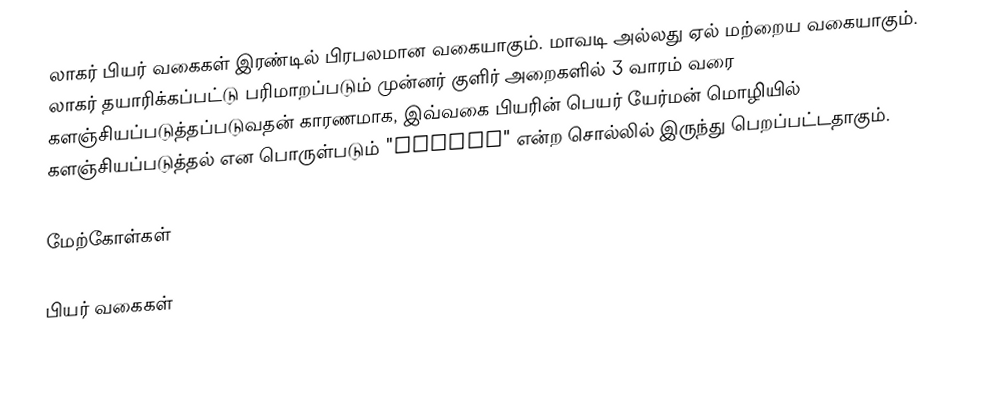
லாகர் பியர் வகைகள் இரண்டில் பிரபலமான வகையாகும். மாவடி அல்லது ஏல் மற்றைய வகையாகும். லாகர் தயாரிக்கப்பட்டு பரிமாறப்படும் முன்னர் குளிர் அறைகளில் 3 வாரம் வரை களஞ்சியப்படுத்தப்படுவதன் காரணமாக, இவ்வகை பியரின் பெயர் யேர்மன் மொழியில் களஞ்சியப்படுத்தல் என பொருள்படும் "lagern" என்ற சொல்லில் இருந்து பெறப்பட்டதாகும்.

மேற்கோள்கள்

பியர் வகைகள்